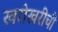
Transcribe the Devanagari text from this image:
खरोखरीची